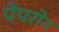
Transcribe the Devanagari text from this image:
पेपरोन